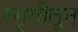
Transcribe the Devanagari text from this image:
स्मृतीतून